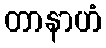
တာနာဟံ